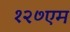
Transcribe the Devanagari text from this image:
१२७एम